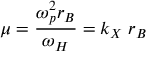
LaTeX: \mu = { \frac { \omega _ { p } ^ { 2 } r _ { B } } { \omega _ { H } } } = k _ { X } \; r _ { B }